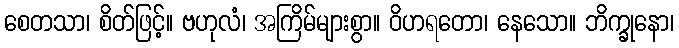
စေတသာ၊ စိတ်ဖြင့်။ ဗဟုလံ၊ အကြိမ်များစွာ။ ဝိဟရတော၊ နေသော။ ဘိက္ခုနော၊